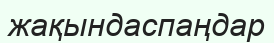
жақындаспаңдар